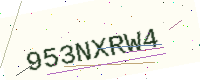
Text: 953NXRW4